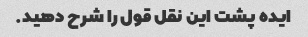
ایده پشت این نقل قول را شرح دهید.